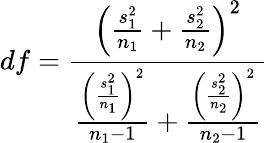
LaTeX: df={\frac{\left({\frac{s_{1}^{2}}{n_{1}}}+{\frac{s_{2}^{2}}{n_{2}}}\right)^{2}}{{\frac{\left({\frac{s_{1}^{2}}{n_{1}}}\right)^{2}}{n_{1}-1}}+{\frac{\left({\frac{s_{2}^{2}}{n_{2}}}\right)^{2}}{n_{2}-1}}}}